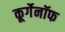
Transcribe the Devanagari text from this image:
कूर्गेनॉफ